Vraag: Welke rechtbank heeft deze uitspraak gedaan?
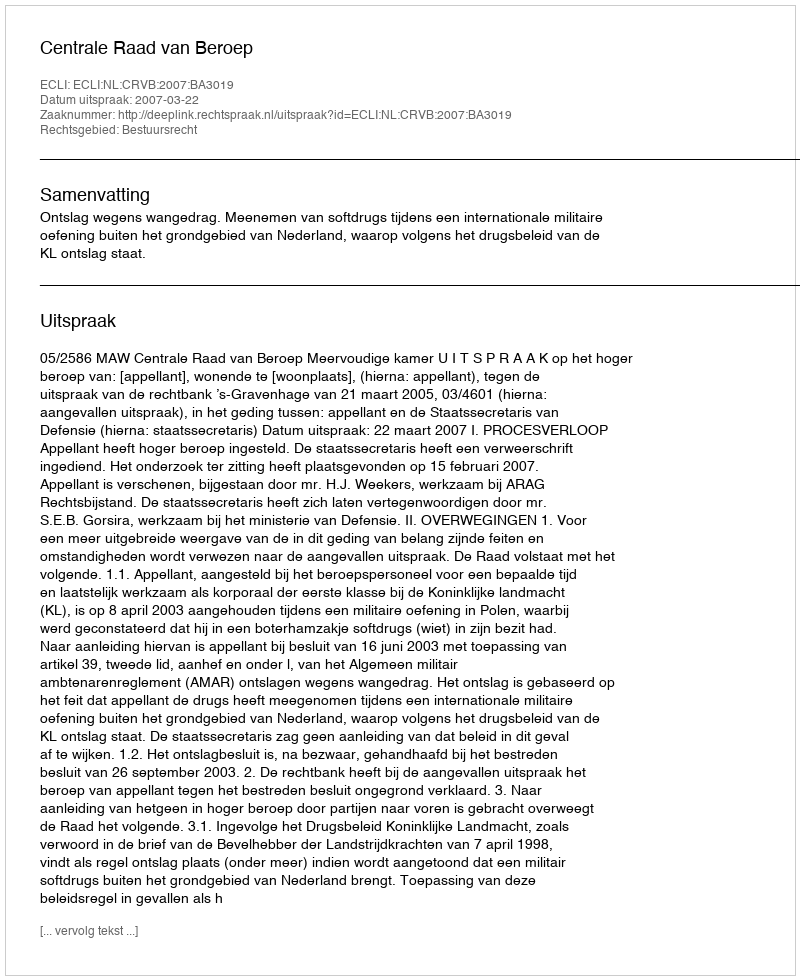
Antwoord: Centrale Raad van Beroep